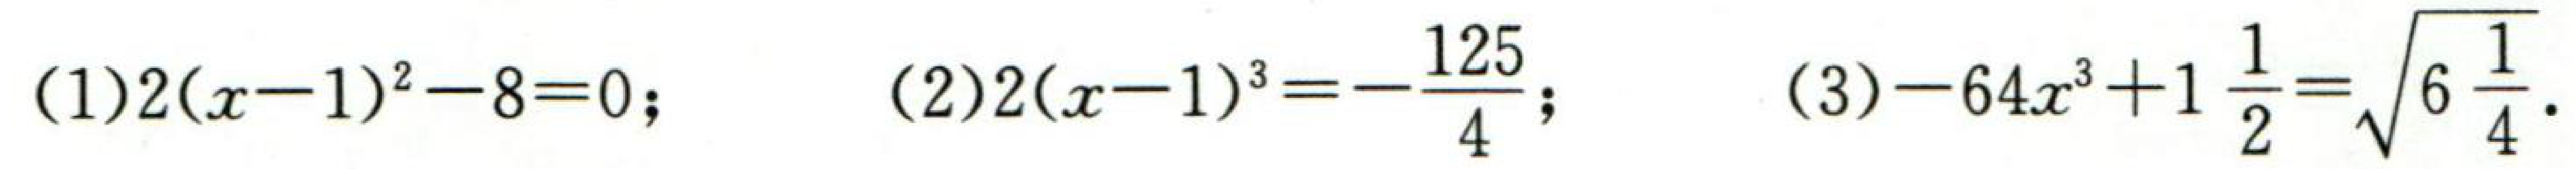
(1)\(2(x - 1)^{2}-8 = 0\); (2)\(2(x - 1)^{3}=-\dfrac{125}{4}\); (3)\(-64x^{3}+1\dfrac{1}{2}=\sqrt{6\dfrac{1}{4}}\).